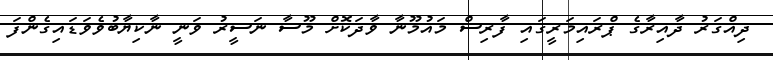
ދިއްގަރު ދާއިރާގެ ޕްރައިމަރީގައި ފާރިސް މައުމޫނާ ވާދަކޮށް މޫސާ ނަސީރު ވަނީ ނާކިޔާބުވެވަޑައިގެންފަ